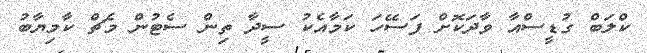
ކްލަބް ގުޑީސްއާ ވާދަކޮށް ފަސޭހަ ކަމާއެކު ސީދާ ތިން ސެޓުން މެޗް ކާމިޔާބު